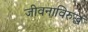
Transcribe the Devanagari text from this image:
जीवनाविरुद्ध